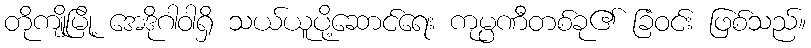
တိုကျိုမြို့ အေဒိုဂါဝါရှိ သယ်ယူပို့ဆောင်ရေး ကုမ္ပဏီတစ်ခု၏ ခြံဝင်း ဖြစ်သည်။